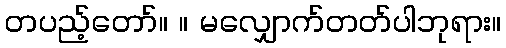
တပည့်တော်။ ။ မလျှောက်တတ်ပါဘုရား။